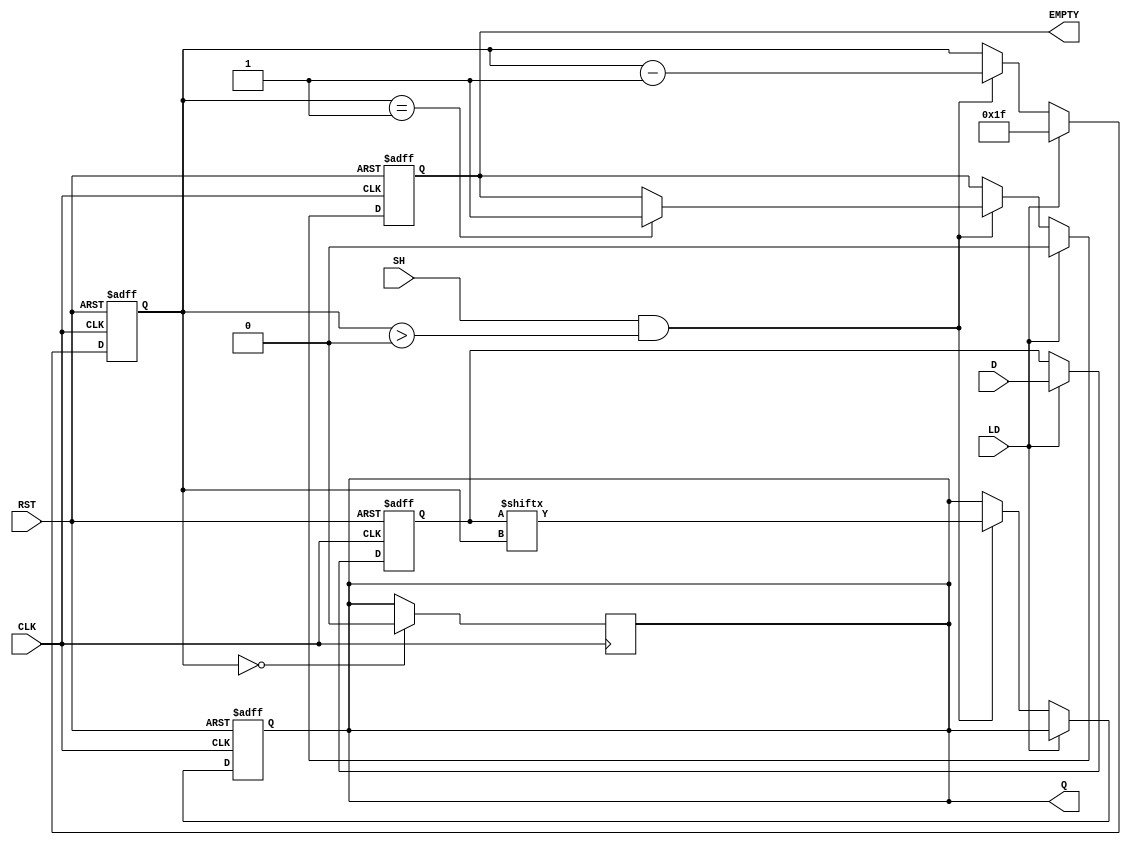
module PISO_Register (
    input wire [31:0] D,      // Parallel Data Input
    input wire LD,            // Load signal
    input wire SH,            // Shift signal
    input wire CLK,           // Clock signal
    input wire RST,           // Asynchronous Reset
    output reg Q,             // Serial Output
    output reg EMPTY          // Empty signal
);

    reg [31:0] REG;           // Storage Register
    reg [4:0] count;          // Counter to track bits shifted out

    // Asynchronous Reset and Loading Logic
    always @(posedge CLK or posedge RST) begin
        if (RST) begin
            REG <= 32'b0;     // Clear the register
            Q <= 1'b0;        // Clear the output
            count <= 5'd0;    // Reset counter
            EMPTY <= 1'b1;    // Register is empty
        end 
        else if (LD) begin
            REG <= D;         // Load data into the register
            count <= 5'd31;   // Set counter to point to MSB
            EMPTY <= 1'b0;    // Register is not empty after loading
        end 
        else if (SH && (count > 0)) begin
            Q <= REG[count];   // Shift out the current bit
            count <= count - 1; // Decrement the counter
            if (count == 1) begin
                EMPTY <= 1'b1; // Set EMPTY when last bit has been shifted out
            end
        end 
    end

    // Output for the last bit when count reaches 0
    always @(negedge CLK) begin
        if (count == 0) begin
            Q <= 1'b0;        // Ensure Q is 0 when empty
        end 
    end

endmodule